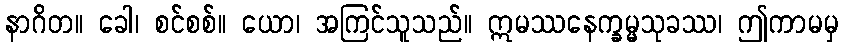
နာဂိတ။ ခေါ၊ စင်စစ်။ ယော၊ အကြင်သူသည်။ ဣမဿနေက္ခမ္မသုခဿ၊ ဤကာမမှ